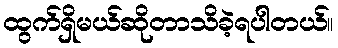
ထွက်ရှိမယ်ဆိုတာသိခဲ့ရပါတယ်။